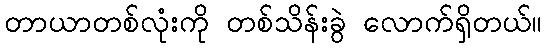
တာယာတစ်လုံးကို တစ်သိန်းခွဲ လောက်ရှိတယ်။